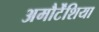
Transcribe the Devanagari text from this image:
अमौर्टेंशिया